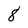
Character: 8